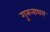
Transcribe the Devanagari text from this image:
गुरुनाथम